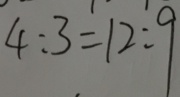
4 : 3 = 1 2 : 9